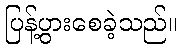
ပြန့်ပွားစေခဲ့သည်။